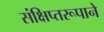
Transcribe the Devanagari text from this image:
संक्षिप्तरूपाने